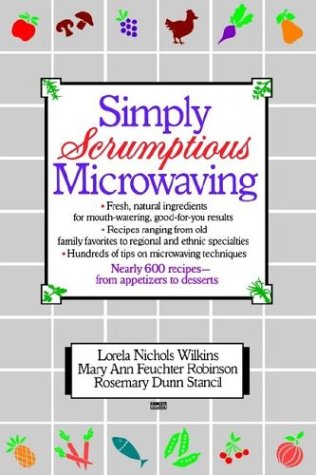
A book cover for Simply Scrumptious Microwaving: A Collection of Recipes from Simple Everyday to Elegant Gourmet Dishes; Lorela N. Wilkins; Cookbooks, Food & Wine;